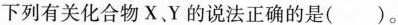
下列有关化合物X、Y的说法正确的是()。